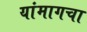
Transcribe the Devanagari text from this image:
यांमागचा